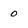
Character: 0